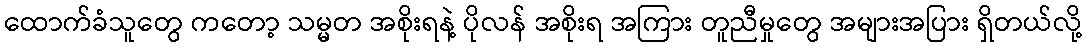
ထောက်ခံသူတွေ ကတော့ သမ္မတ အစိုးရနဲ့ ပိုလန် အစိုးရ အကြား တူညီမှုတွေ အများအပြား ရှိတယ်လို့